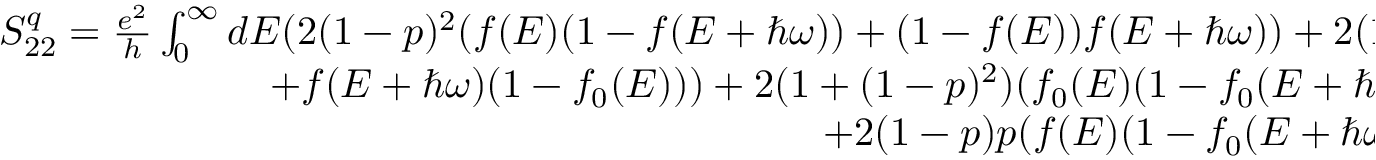
\begin{array} { r } { S _ { 2 2 } ^ { q } = \frac { e ^ { 2 } } { h } \int _ { 0 } ^ { \infty } d E ( 2 ( 1 - p ) ^ { 2 } ( f ( E ) ( 1 - f ( E + \hbar \omega ) ) + ( 1 - f ( E ) ) f ( E + \hbar \omega ) ) + 2 ( 1 - p ) p ( f _ { 0 } ( E ) ( 1 - f ( E + \hbar \omega ) ) } \\ { + f ( E + \hbar \omega ) ( 1 - f _ { 0 } ( E ) ) ) + 2 ( 1 + ( 1 - p ) ^ { 2 } ) ( f _ { 0 } ( E ) ( 1 - f _ { 0 } ( E + \hbar \omega ) ) + f _ { 0 } ( E + \hbar \omega ) ( 1 - f _ { 0 } ( E ) ) ) } \\ { + 2 ( 1 - p ) p ( f ( E ) ( 1 - f _ { 0 } ( E + \hbar \omega ) ) + f _ { 0 } ( E + \hbar \omega ) ( 1 - f ( E ) ) ) ) . } \end{array}